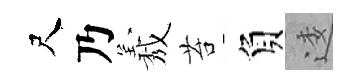
尺乃𦏁苔負逶